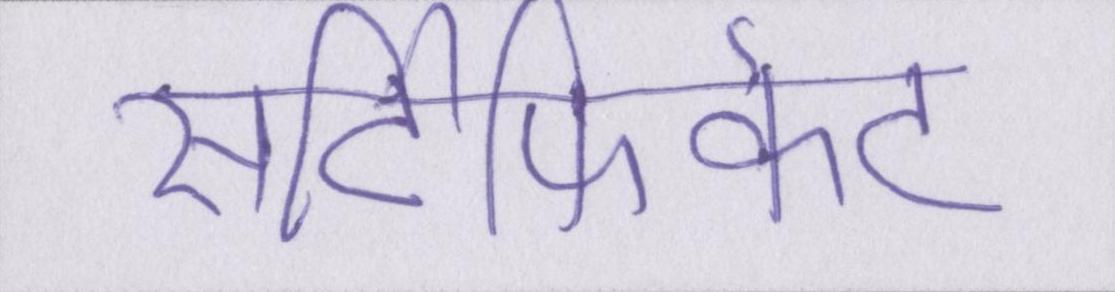
सर्टिफिकेट